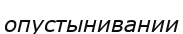
опустынивании